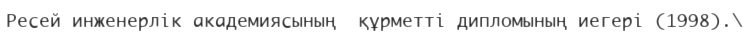
Ресей инженерлік академиясының  құрметті дипломының иегері (1998).\